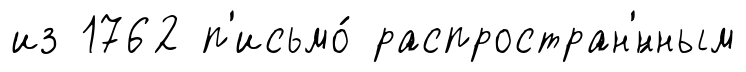
из 1762 п'исьмо́ распростран'́нным